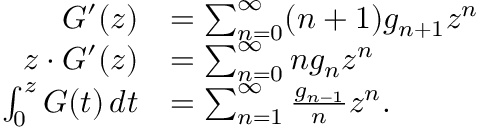
{ \begin{array} { r l } { G ^ { \prime } ( z ) } & { = \sum _ { n = 0 } ^ { \infty } ( n + 1 ) g _ { n + 1 } z ^ { n } } \\ { z \cdot G ^ { \prime } ( z ) } & { = \sum _ { n = 0 } ^ { \infty } n g _ { n } z ^ { n } } \\ { \int _ { 0 } ^ { z } G ( t ) \, d t } & { = \sum _ { n = 1 } ^ { \infty } { \frac { g _ { n - 1 } } { n } } z ^ { n } . } \end{array} }